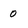
Character: 0